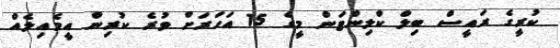
ކުރީގެ ރައީސް ބިލް ކްލިންޓަން މީގެ 15 އަހަރަށް ވުރެ ކުރިން އީމެެއިލެއް